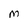
Character: M